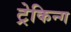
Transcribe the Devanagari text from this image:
ट्रेकिन्ग